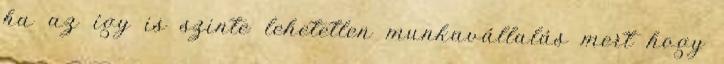
ha az így is szinte lehetetlen munkavállalás mert hogy